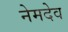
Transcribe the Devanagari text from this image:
नेमदेव